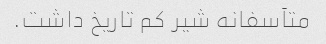
متآسفانه شیر کم تاریخ داشت.